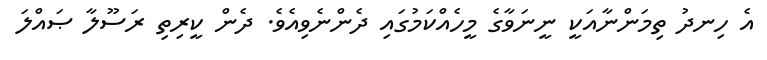
އެ ހިނދު ތިމަންނާއަކީ ނީނަވާގެ މީހެއްކަމުގައި ދެންނެވިއެވެ. ދެން ކީރިތި ރަސޫލާ ޞައްލަ